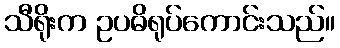
သီရိုးက ဥပဓိရုပ်ကောင်းသည်။